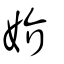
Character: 妎